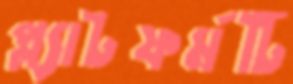
প্ল্যাটফর্মটি